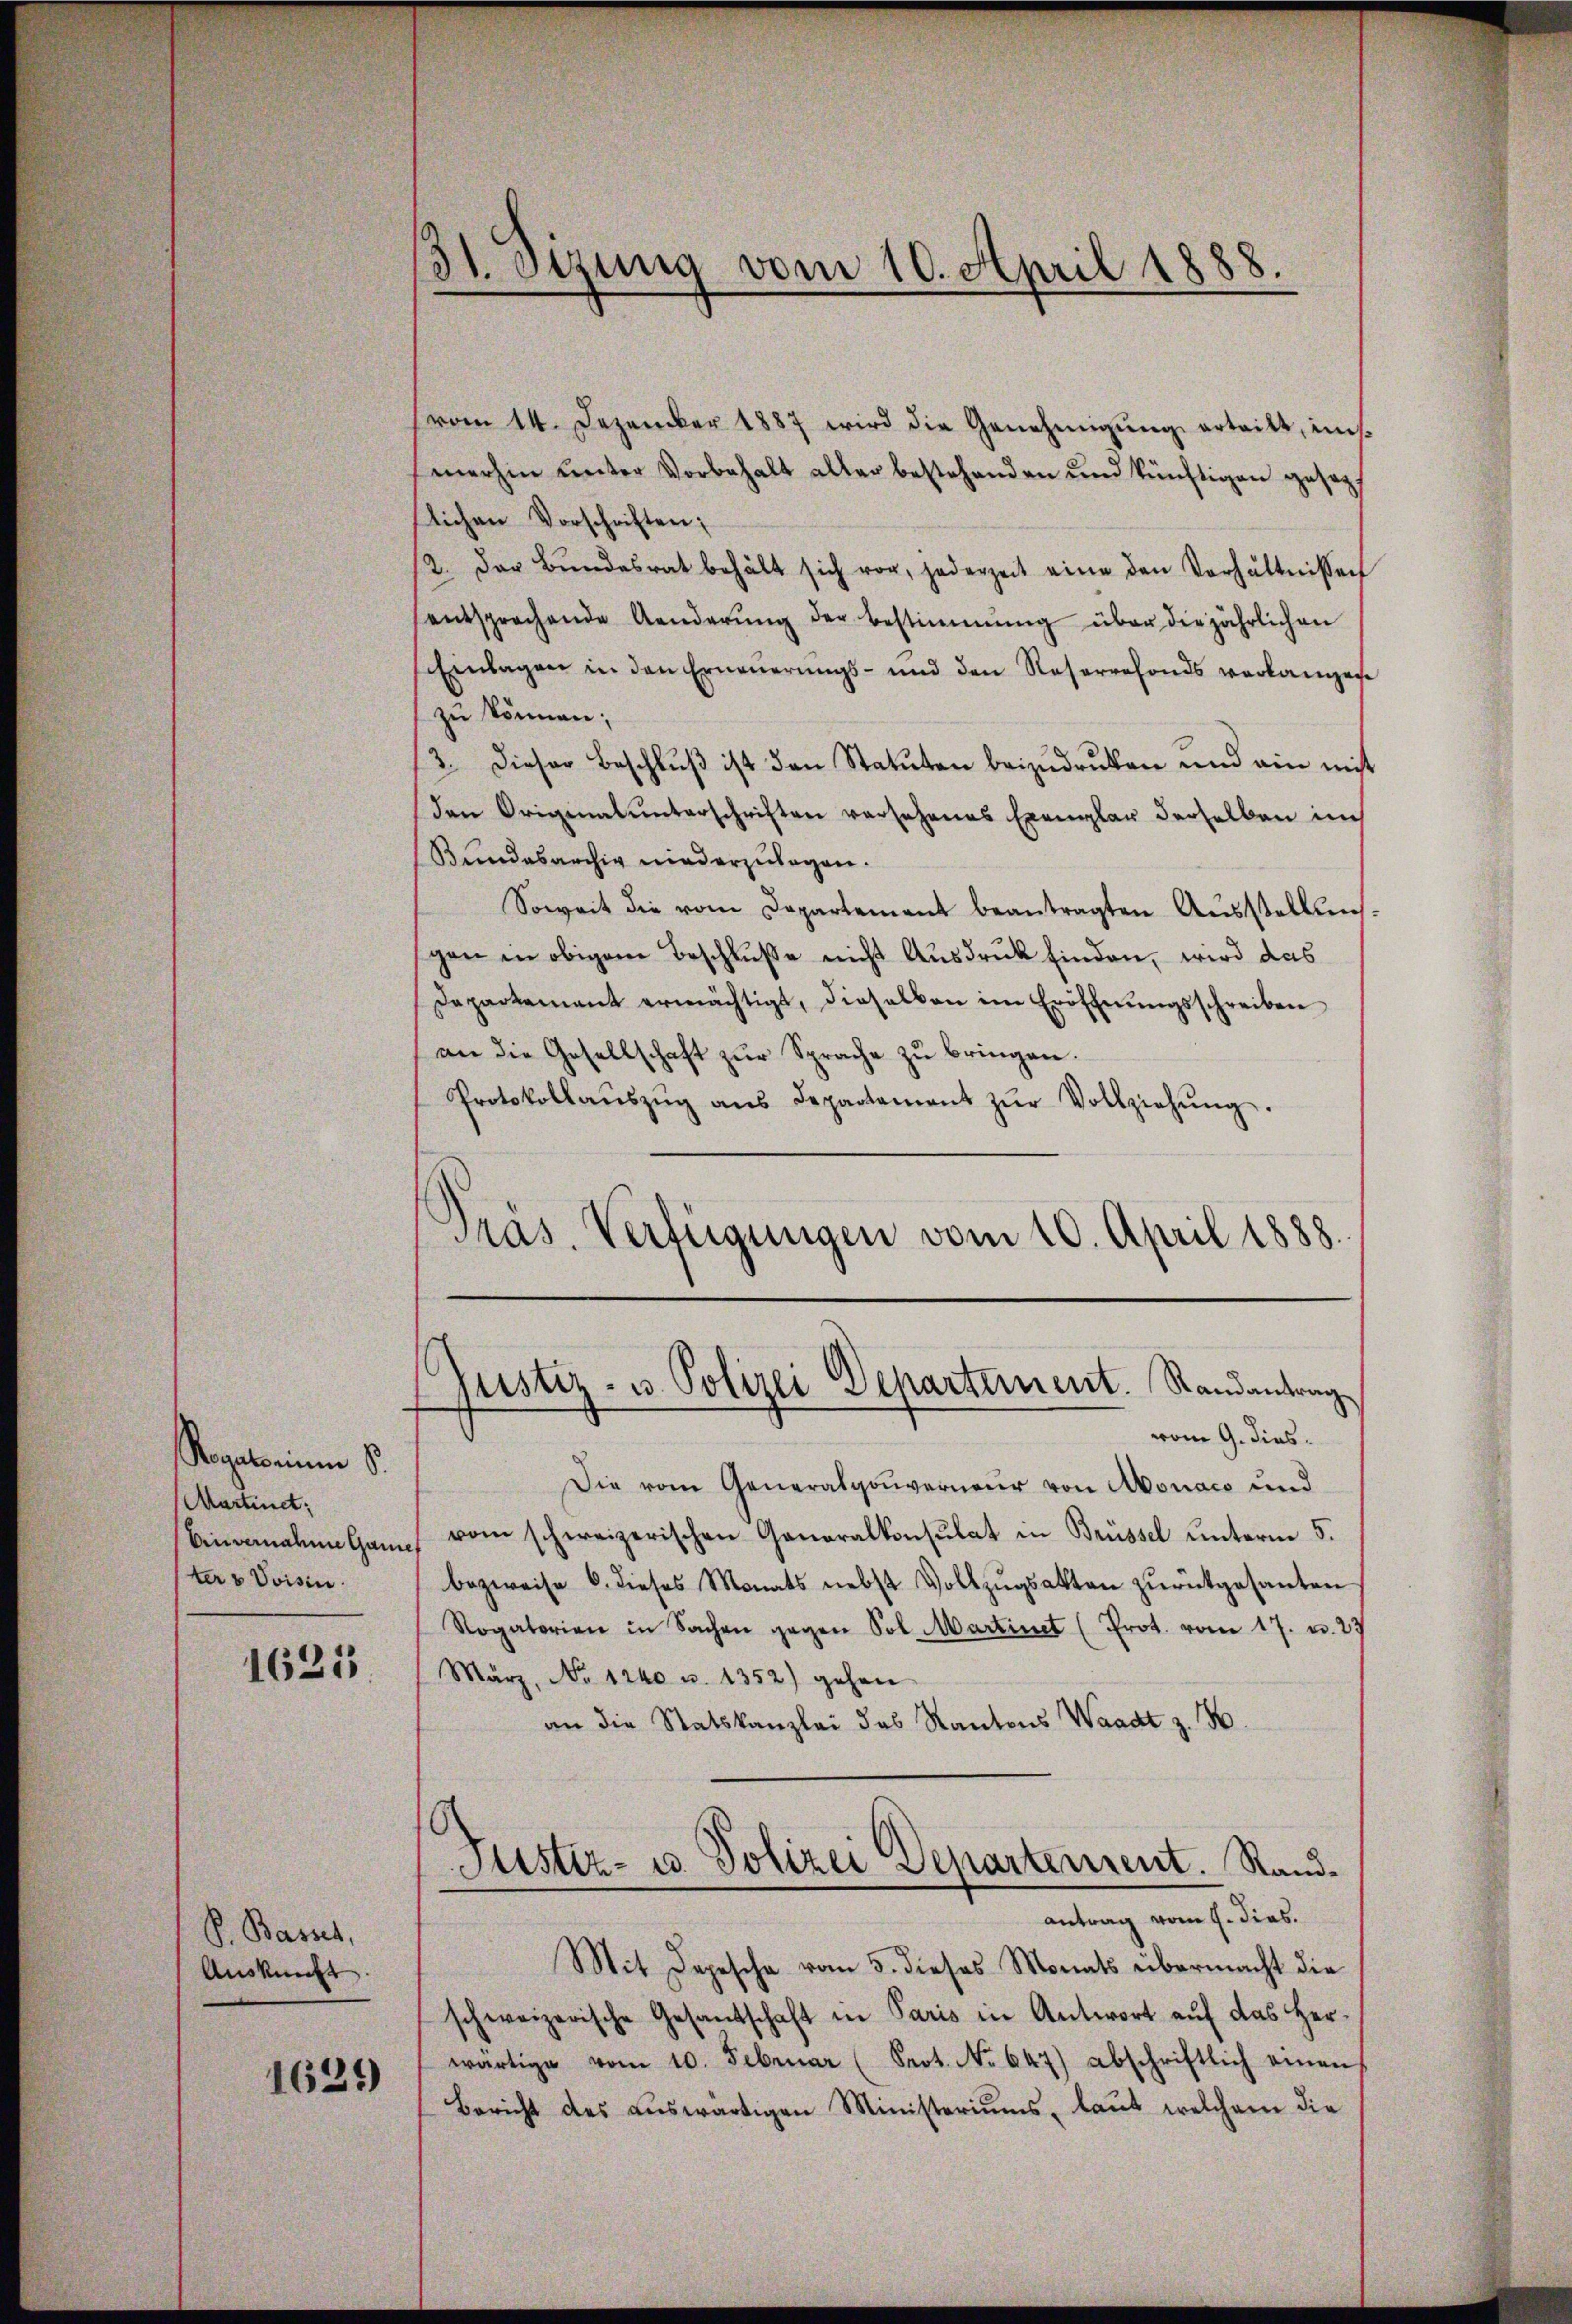
Rogatorium 8.
Martinet;
Binvernalen Gand
ter 3 Voisin.

1621

P. Basset,
Auskunft.
1631

31. Sizung vom 10. April 1888.

vom 14. Dezember 1887 wird die Genehmigŭng ertritt, ins-
merhin ŭnter Vorbehalt aller bestehenden und künftigen gesezt
flichen Vorschriften:
2. Der Bŭndesrat behält sich vor, jederzeit eine den Verhältnissen
entsprochende Aenderŭng der Bestimmung über die jährlichen
Einlagen in den Erneŭerŭngs- und den Reservefonds verlangen
zu können;
12. Dieser Beschluß ist den Statuten beizudruken und ain mit
den Originalunterschriften versehenes Exemplar derselben im
Bundesarchig niederzulagen.
Soweit die vom Departement beantragten Aŭsstellung
gen in obigem Beschluße nicht Ausdruck finden, wird das
Departement ermächtigt, dieselben im Eröffnŭngsschreiben
an die Gesellschaft zŭr Sprache zŭ bringen.
Protokollaŭszŭg ans Departement zŭr Vollziehŭng.
Präs. Verfügungen vom 10. April 1888.

Die vom Generalgouverneur von Monaco und
vom schweizerischen Generalkonsulat in Brüssel unterm 5.
bezweife 6. dieses Monats nebst Vollzŭgsakten zŭrückgesanten
Rogatorien in Sachen gegen Sol. Martinet (Prot. vom 17. u. 27
März, No 1240 u. 1352) gehen
an die Statskanzlei des Kantons Waadt z. B.
Justiz- u. Polizei Departement. Randantrag vom 1. dies.
Mit Depesche vom 5. dieses Monats übermacht die
schweizerische Gesantschaft in Paris in Antwort auf das Herwärtige vom 10. Februar (Seot. No 647) abschriftlich einen
Bericht des aŭswärtigen Ministeriums, laut welchem die

Justiz- u. Polizei Departement. Randantrag
vom 9. dies.